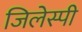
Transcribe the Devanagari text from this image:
जिलेस्पी